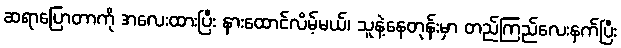
ဆရာပြောတာကို အလေးထားပြီး နားထောင်လိမ့်မယ်၊ သူနဲ့နေတုန်းမှာ တည်ကြည်လေးနက်ပြီး